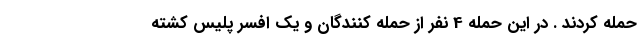
حمله کردند . در این حمله 4 نفر از حمله کنندگان و یک افسر پلیس کشته